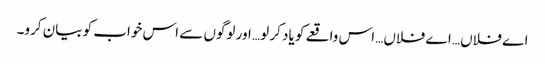
اے فلاں… اے فلاں… اس واقعے کو یاد کر لو… اور لوگوں سے اس خواب کو بیان کرو۔